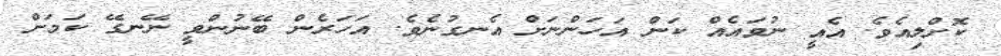
ކޮށްލިއެވެ. އެއީ ނުވައެއް ކަން އަހަންނަށް އެނގުނެވެ. އަހަރެން ބޭނުންވީ ނޭނގޭ ކަމަށް